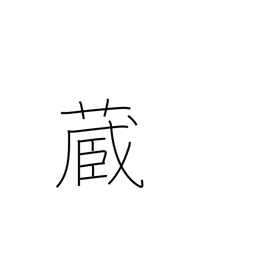
Meaning: possess